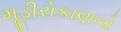
મૂડીરોકાણનો